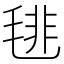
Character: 毴